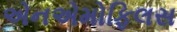
એનએમોફિલસ